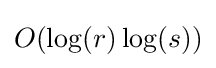
O(\log(r)\log(s))